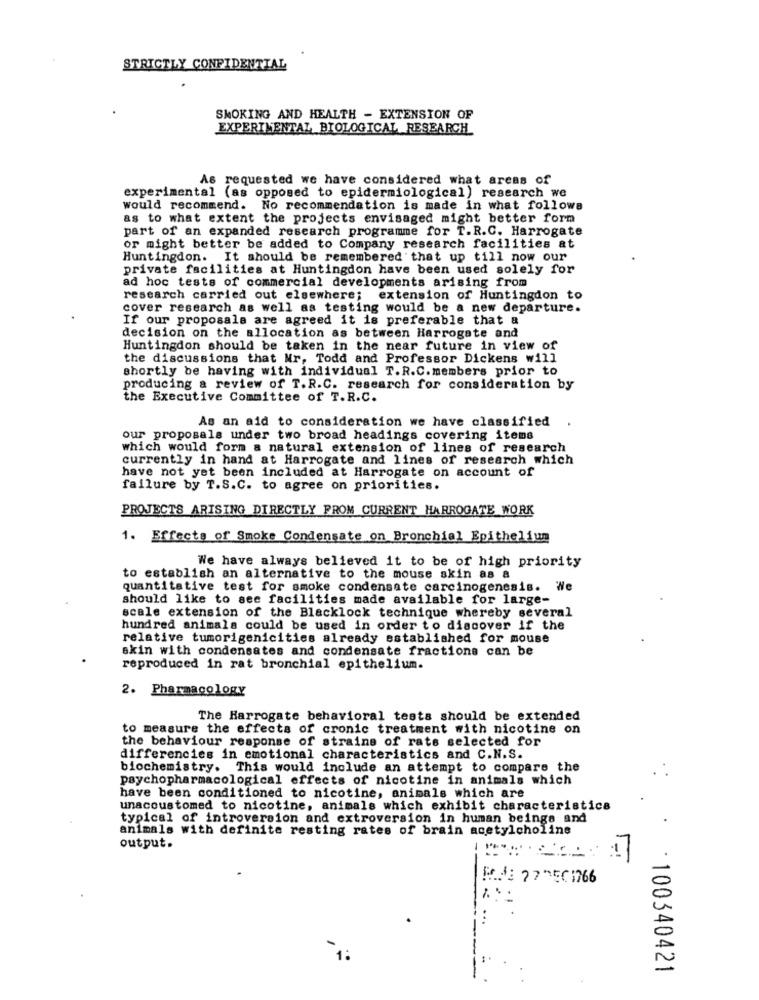
STRICTLY CONFIDENTIAL
SMOKING AND HEALTH - EXTENSION OF
EXPERIMENTAL BIOLOGICAL RESEARCH
As requested we have considered what areas of
experimental (as opposed to epidermiological) research we
would recommend. No recommendation is made in what follows
as to what extent the projects envisaged might better form
part of an expanded research programme for T.R.C. Harrogate
or might better be added to Company research facilities at
Huntingdon. It should be remembered that up till now our
private facilities at Huntingdon have been used solely for
ad hoc tests of commercial developments arising from
research carried out elsewhere; extension of Huntingdon to
cover research as well as testing would be a new departure.
If our proposals are agreed it is preferable that a
decision on the allocation as between Harrogate and
Huntingdon should be taken in the near future in view of
the discussions that Nr, Todd and Professor Dickens will
shortly be having with individual T.R.C.members prior to
producing a review of T.R.C. research for consideration by
the Executive Committee of T.R.C.
As an aid to consideration we have classified
our proposals under two broad headings covering items
which would form a natural extension of lines of research
currently in hand at Harrogate and lines of research which
have not yet been included at Harrogate on account of
failure by T.S.C. to agree on priorities.
PROJECTS ARISING DIRECTLY FROM CURRENT HARROGATE WORK
1. Effects of Smoke Condensate on Bronchial Epithelium
We have always believed it to be of high priority
to establish an alternative to the mouse skin as a
quantitative test for smoke condensate carcinogenesis. We
should like to see facilities made available for large-
scale extension of the Blacklock technique whereby several
hundred animals could be used in order to discover if the
relative tumorigenicities already established for mouse
skin with condensates and condensate fractions can be
reproduced in rat bronchial epithelium.
2. Pharmacology
The Harrogate behavioral tests should be extended
to measure the effects of cronic treatment with nicotine on
the behaviour response of strains of rats selected for
differencies in emotional characteristics and C.N.S.
biochemistry. This would include an attempt to compare the
psychopharmacological effects of nicotine in animals which
have been conditioned to nicotine, animals which are
unaccustomed to nicotine, animals which exhibit characteristics
typical of introversion and extroversion in human beings and
animals with definite resting rates of brain acetylcholine
.
output.
R .: 77501766
- 100340421